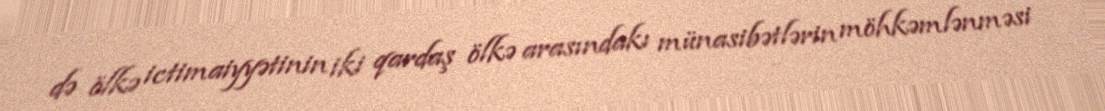
də ölkə ictimaiyyətinin iki qardaş ölkə arasındakı münasibətlərin möhkəmlənməsi